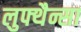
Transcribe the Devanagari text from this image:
लुफ्थैन्सा